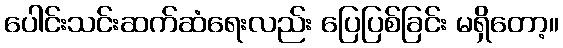
ပေါင်းသင်းဆက်ဆံရေးလည်း ပြေပြစ်ခြင်း မရှိတော့။